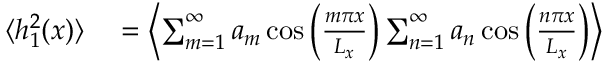
\begin{array} { r l } { \langle h _ { 1 } ^ { 2 } ( x ) \rangle } & { { } = \left\langle \sum _ { m = 1 } ^ { \infty } a _ { m } \cos \left( \frac { m \pi x } { L _ { x } } \right) \sum _ { n = 1 } ^ { \infty } a _ { n } \cos \left( \frac { n \pi x } { L _ { x } } \right) \right\rangle } \end{array}